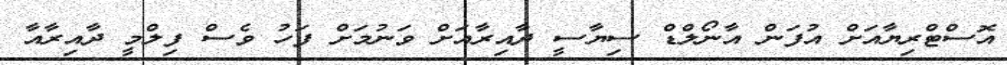
އޮސްޓްރިޔާއަށް އުފަން އާނޯލްޑް ސިޔާސީ ދާއިރާއަށް ވަނުމަށް ފަހު ވެސް ފިލްމީ ދާއިރާއާ